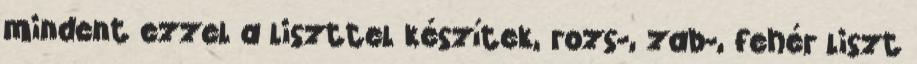
mindent ezzel a liszttel készítek, rozs-, zab-, fehér liszt